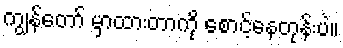
ကျွန်တော် မှာထားတာကို စောင့်နေတုန်းပဲ။